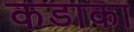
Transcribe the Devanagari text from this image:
कडाका